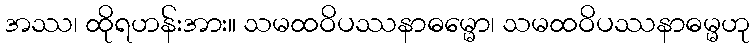
အဿ၊ ထိုရဟန်းအား။ သမထဝိပဿနာဓမ္မော၊ သမထဝိပဿနာဓမ္မဟု